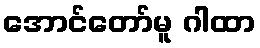
အောင်တော်မူ ဂါထာ